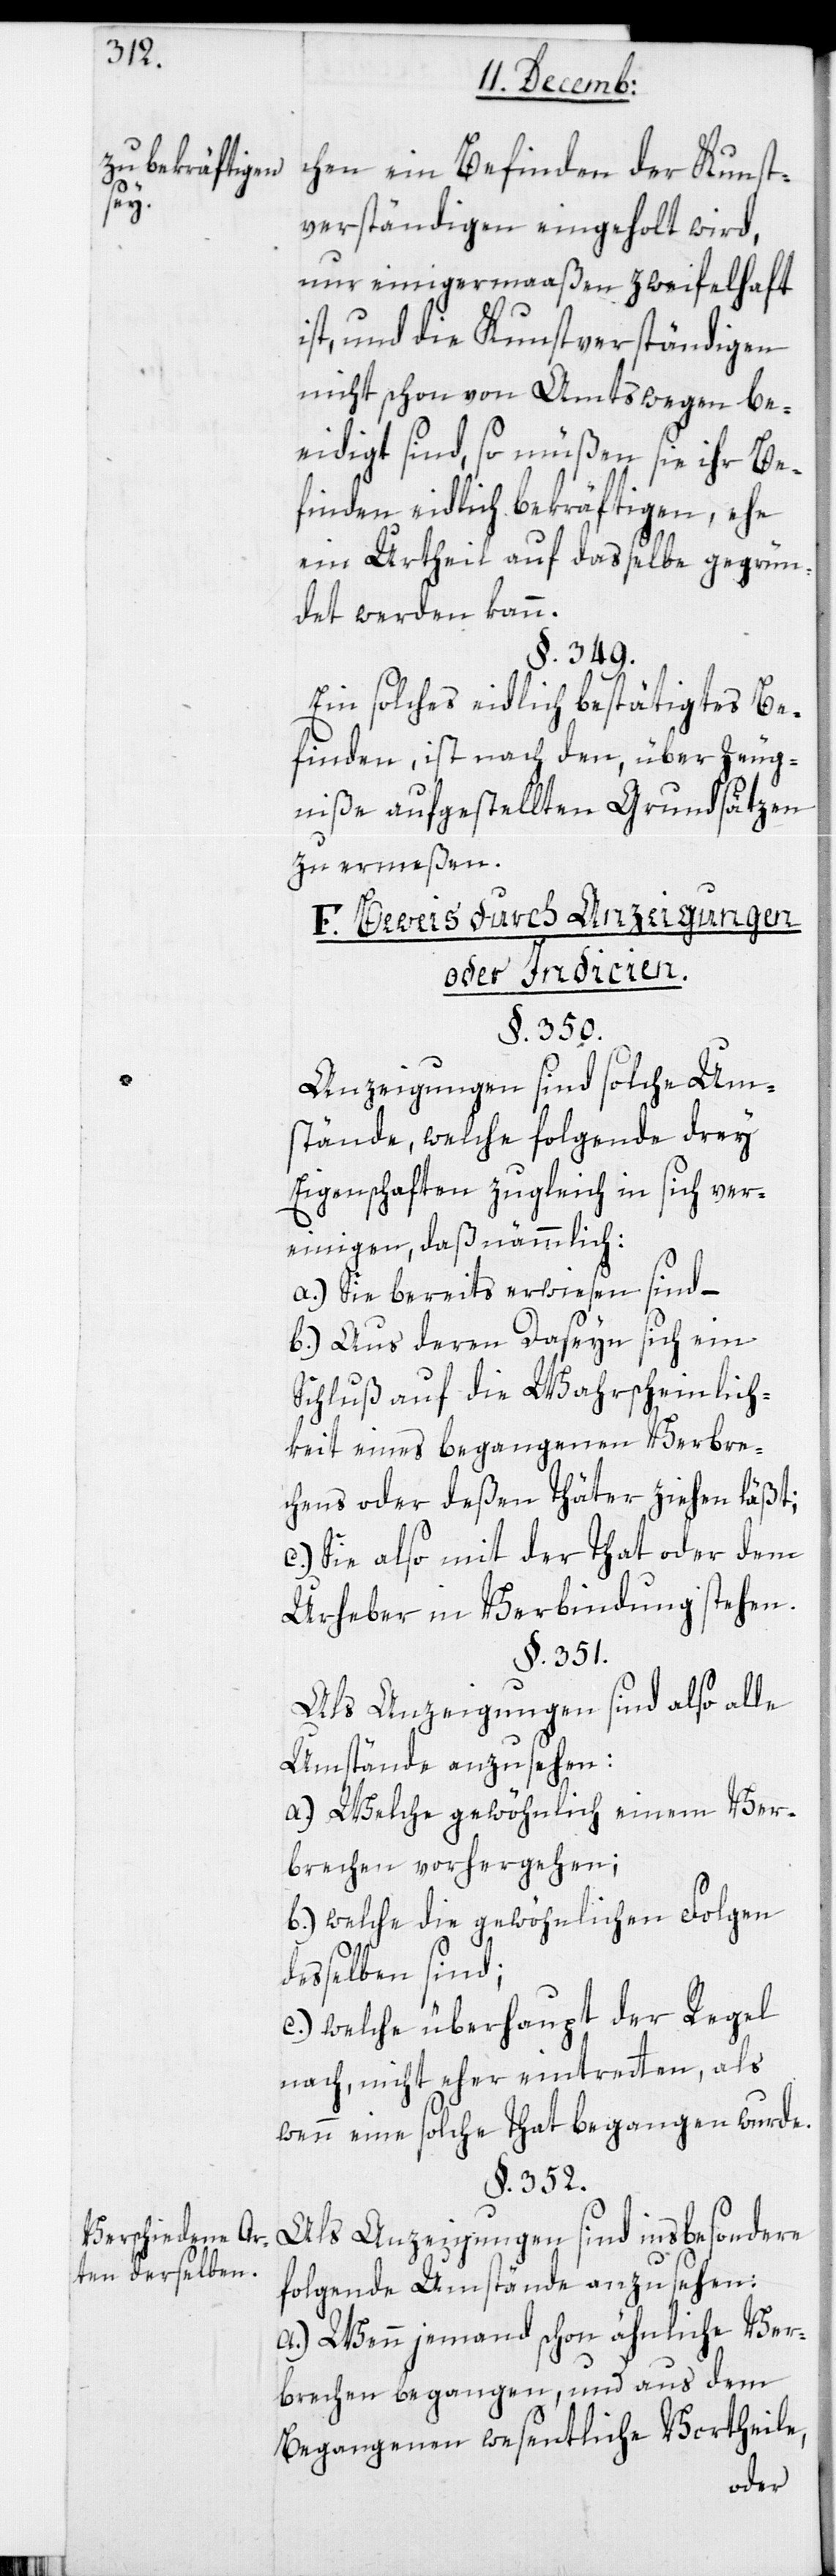
Verschiedene Ar¬
ten derselben.

chen ein Befinden der Kunst¬
verständigen eingeholt wird,
nur einigermaßen zweifelhaft
ist, und die Kunstverständigen
nicht schon von Amtswegen be¬
eidigt sind, so müßen sie ihr Be¬
finden eidlich bekräftigen, ehe
ein Urtheil auf dasselbe gegrün¬
det werden kann.
§. 349.
Ein solches eidlich bestätigtes Be¬
finden ist nach den, über Zeug¬
niße aufgestellten Grundsätzen
zu ermeßen.
F. Beweis durch Anzeigungen
oder Indicien.
§. 350.
Anzeigungen sind solche Um¬
stände, welche folgende drey
Eigenschaften zugleich in sich ver¬
einigen, daß nämmlich:
a.) Sie bereits erwiesen sind –
b.) Aus deren Daseyn sich ein
Schluß auf die Wahrscheinlich¬
keit eines begangenen Verbre¬
chens oder deßen Thäter ziehen läßt;
c.) Sie also mit der That oder dem
Urheber in Verbindung stehen.
§. 351.
Als Anzeigungen sind also alle
Umstände anzusehen:
a.) Welche gewöhnlich einem Ver¬
brechen vorhergehen;
b.) welche die gewöhnlichen Folgen
desselben sind;
c.) welche überhaupt der Regel
nach, nicht eher eintreten, als
wenn eine solche That begangen wurde.
§. 352.
Als Anzeigungen sind insbesondere
folgende Umstände anzusehen:
a) Wenn jemand schon ähnliche Ver¬
brechen begangen, und aus dem
Begangenen wesentliche Vortheile,